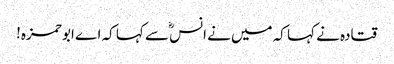
قتادہ نے کہا کہ میں نے انسؓ سے کہا کہ اے ابو حمزہ!